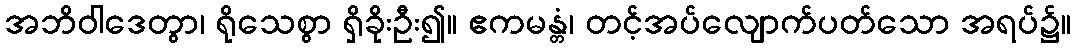
အဘိဝါဒေတွာ၊ ရိုသေစွာ ရှိခိုးဦး၍။ ဧကမန္တံ၊ တင့်အပ်လျောက်ပတ်သော အရပ်၌။